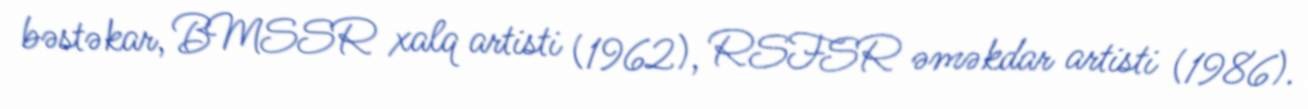
bəstəkar, BMSSR xalq artisti (1962), RSFSR əməkdar artisti (1986).